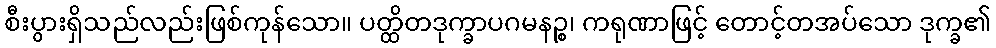
စီးပွားရှိသည်လည်းဖြစ်ကုန်သော။ ပတ္ထိတဒုက္ခာပဂမနဉ္စ၊ ကရုဏာဖြင့် တောင့်တအပ်သော ဒုက္ခ၏